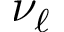
\nu _ { \ell }